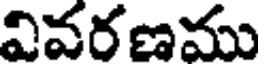
వివరణము